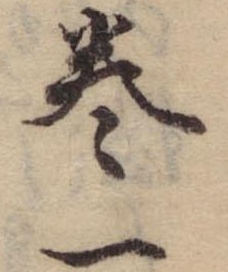
巻一